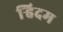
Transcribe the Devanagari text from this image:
र्‍हिदम